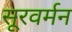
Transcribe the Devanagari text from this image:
सूरवर्मन